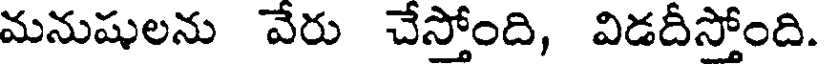
మనుషులను వేరు చేస్తోంది, విడదీస్తోంది.